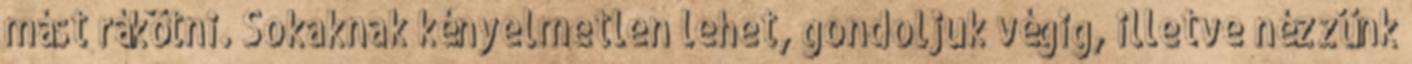
mást rákötni. Sokaknak kényelmetlen lehet, gondoljuk végig, illetve nézzünk